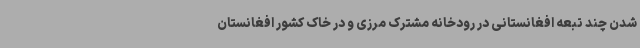
شدن چند تبعه افغانستانی در رودخانه مشترک مرزی و در خاک کشور افغانستان